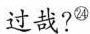
过哉?^{㉔}